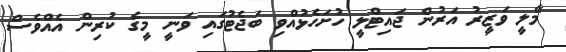
މާލީ ވަޒީރު އަރުން ޖައިޓްލީ ހުށަހެޅުއްވި ބަޖެޓުގައި ވަނީ މީގެ ކުރިން އެއްވެސް